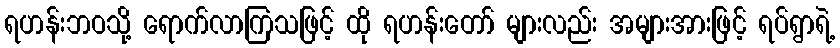
ရဟန်းဘဝသို့ ရောက်လာကြသဖြင့် ထို ရဟန်းတော် များလည်း အများအားဖြင့် ရပ်ရွာရဲ့